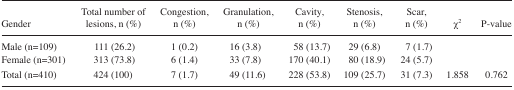
<table><thead><tr><td><b>Gender</b></td><td><b>Total number of lesions, n (%)</b></td><td><b>Congestion, n (%)</b></td><td><b>Granulation, n (%)</b></td><td><b>Cavity, n (%)</b></td><td><b>Stenosis, n (%)</b></td><td><b>Scar, n (%)</b></td><td><b>χ<sup>2</sup></b></td><td><b>P-value</b></td></tr></thead><tbody><tr><td>Male (n=109)</td><td>111 (26.2)</td><td>1 (0.2)</td><td>16 (3.8)</td><td>58 (13.7)</td><td>29 (6.8)</td><td>7 (1.7)</td><td></td><td></td></tr><tr><td>Female (n=301)</td><td>313 (73.8)</td><td>6 (1.4)</td><td>33 (7.8)</td><td>170 (40.1)</td><td>80 (18.9)</td><td>24 (5.7)</td><td></td><td></td></tr><tr><td>Total (n=410)</td><td>424 (100)</td><td>7 (1.7)</td><td>49 (11.6)</td><td>228 (53.8)</td><td>109 (25.7)</td><td>31 (7.3)</td><td>1.858</td><td>0.762</td></tr></tbody></table>